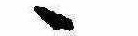
ゝ